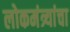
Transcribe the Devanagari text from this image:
लोकमंत्र्यांचा